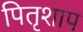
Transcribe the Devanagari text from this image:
पितृशाप